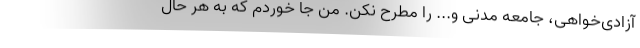
آزادی‌خواهی، جامعه مدنی و... را مطرح نکن. من جا خوردم که به هر حال